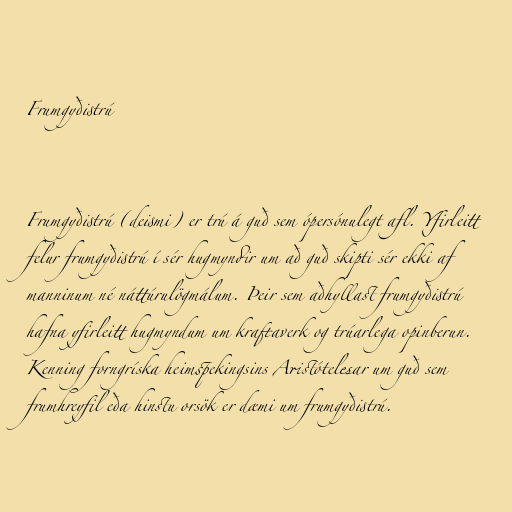
Frumgyðistrú

Frumgyðistrú (deismi) er trú á guð sem ópersónulegt afl. Yfirleitt
felur frumgyðistrú í sér hugmyndir um að guð skipti sér ekki af
manninum né náttúrulögmálum. Þeir sem aðhyllast frumgyðistrú
hafna yfirleitt hugmyndum um kraftaverk og trúarlega opinberun.
Kenning forngríska heimspekingsins Aristótelesar um guð sem
frumhreyfil eða hinstu orsök er dæmi um frumgyðistrú.